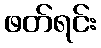
ဖတ်ရင်း